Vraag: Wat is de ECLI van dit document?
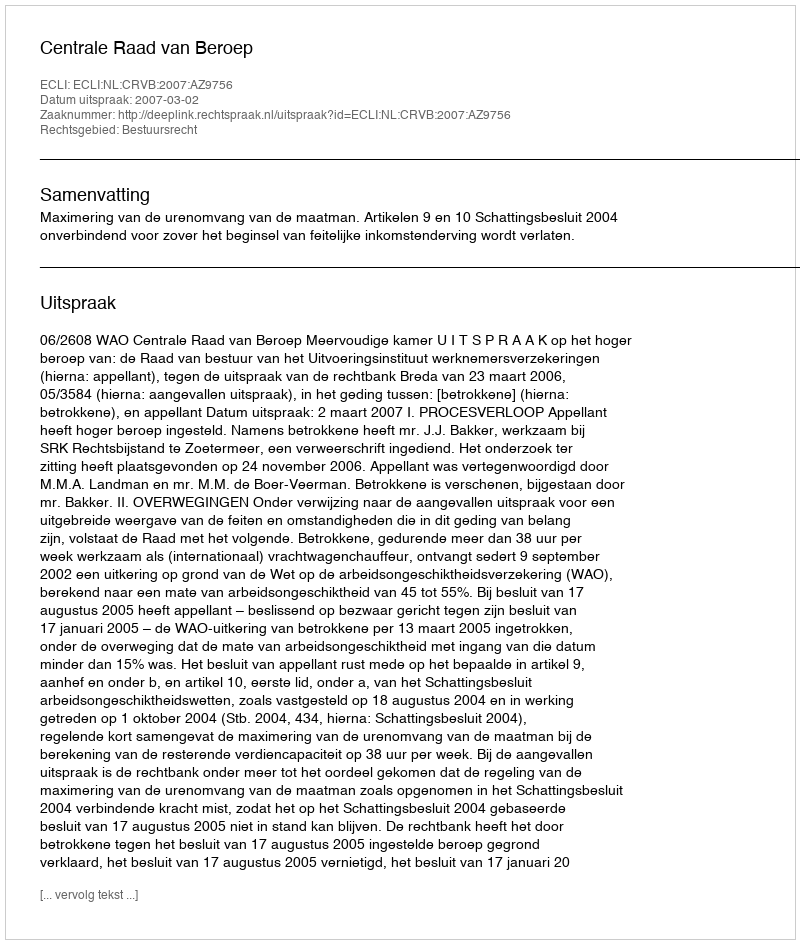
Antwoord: ECLI:NL:CRVB:2007:AZ9756